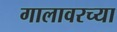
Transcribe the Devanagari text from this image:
गालावरच्या